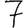
Digit: 7